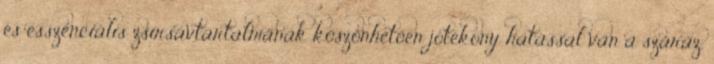
és esszenciális zsírsavtartalmának köszönhetően jótékony hatással van a száraz,